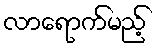
လာရောက်မည့်